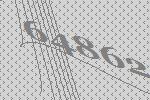
64862